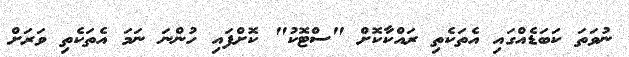
ނުވަތަ ކަބަޑެއްގައި އެތަކެތި ރައްކާކޮށް "ސްޓޮކު" ކޮށްފައި ހުންނަ ނަމަ އެތަކެތި ވަރަށް